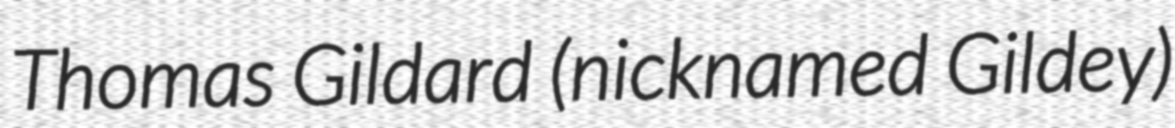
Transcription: Thomas Gildard (nicknamed Gildey)